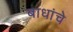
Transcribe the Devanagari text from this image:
बाधांचे